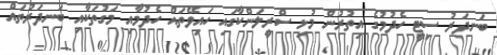
ބަނދަރު ސިޓީ ހެދުމުގެ އިތުރުން މުޅި ސްރީލަންކާގައި ހައިވޭތައް ހެދުމާއި މަގުތަކާއި ބަނދަރުތައް